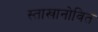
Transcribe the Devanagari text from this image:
स्ताखानोवित